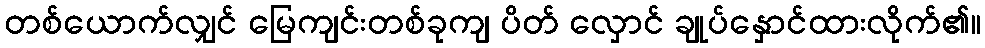
တစ်ယောက်လျှင် မြေကျင်းတစ်ခုကျ ပိတ် လှောင် ချုပ်နှောင်ထားလိုက်၏။